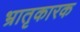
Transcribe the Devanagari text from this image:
भ्रातृकारक